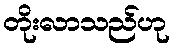
တိုးလာသည်ဟု